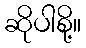
ဆိုပါစို့။